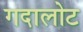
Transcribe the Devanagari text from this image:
गदालोट